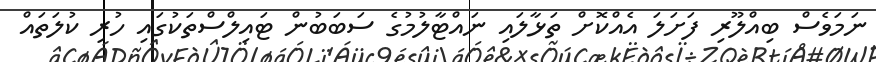
ނަމަވެސް ބިއްލޫރި ފަށަލަ އެއްކޮށް ތަޅާލައި ނައްޓާލުމުގެ ސަބަބުން ޓައިލްސްތަކުގައި ހުރި ކުލަތައް